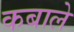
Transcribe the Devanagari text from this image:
कबाले